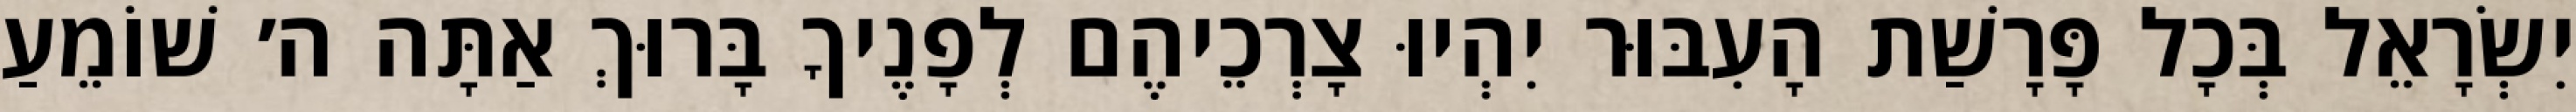
יִשְׂרָאֵל בְּכָל פָּרָשַׁת הָעִבּוּר יִהְיוּ צָרְכֵיהֶם לְפָנֶיךָ בָּרוּךְ אַתָּה ה׳ שׁוֹמֵעַ